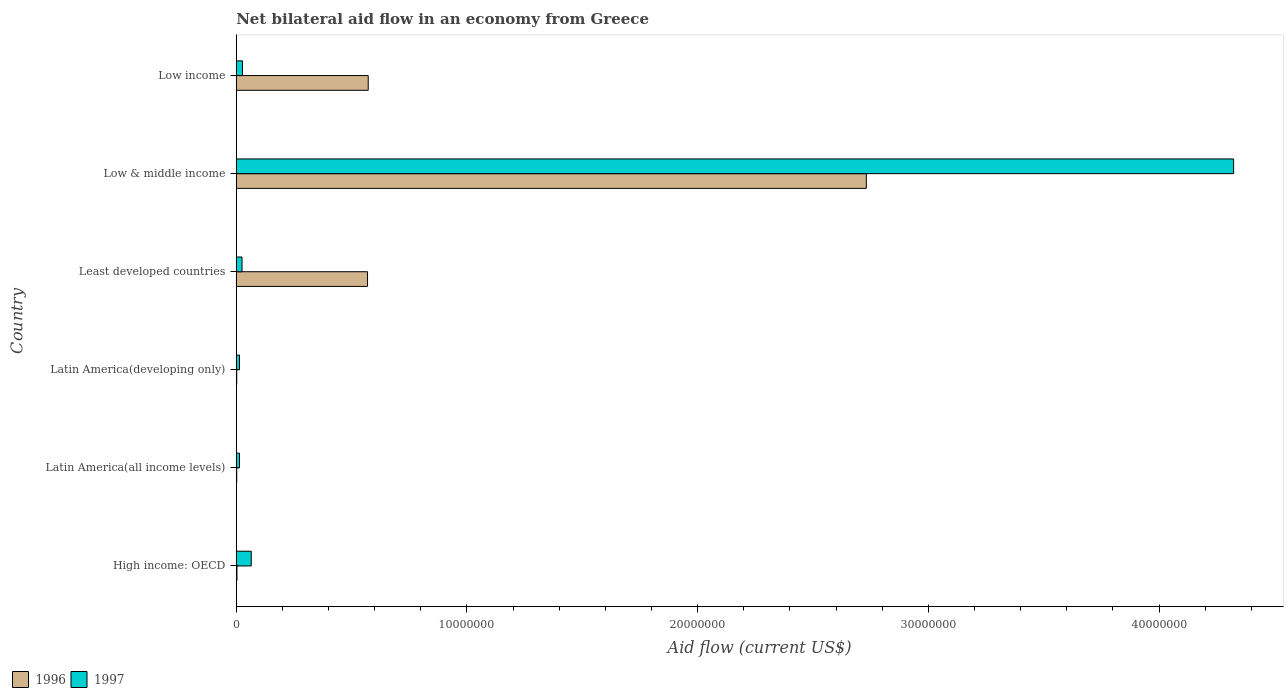
| Country | 1996 | 1997 |
 | --- | --- | --- |
 | High income: OECD | 3e+04 | 6.5e+05 |
 | Latin America(all income levels) | 2e+04 | 1.4e+05 |
 | Latin America(developing only) | 2e+04 | 1.4e+05 |
 | Least developed countries | 5.69e+06 | 2.5e+05 |
 | Low & middle income | 2.73e+07 | 4.32e+07 |
 | Low income | 5.72e+06 | 2.7e+05 |